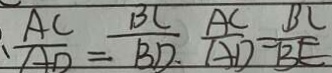
\frac { A C } { A D } = \frac { B C } { B D } \frac { A C } { A D } = \frac { B C } { B E }